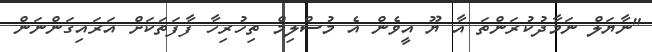
"ނާޔަލް ނަމާދުކުރަންތަ އާ ޔޫ އީވެން އެ މުސްލިމް ތިހުރިހާ ފާފަތަކަށް އަރައިގަންނަން